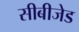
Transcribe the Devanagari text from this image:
सीबीजेड